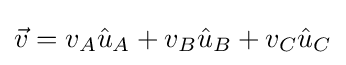
{\vec {v}}=v_{A}{\hat {u}}_{A}+v_{B}{\hat {u}}_{B}+v_{C}{\hat {u}}_{C}